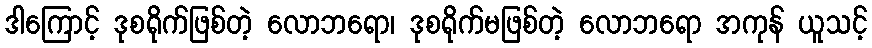
ဒါကြောင့် ဒုစရိုက်ဖြစ်တဲ့ လောဘရော၊ ဒုစရိုက်မဖြစ်တဲ့ လောဘရော အကုန် ယူသင့်